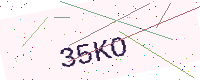
Text: 35KO